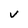
Character: v